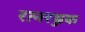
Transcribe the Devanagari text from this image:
रत्नरञ्जक